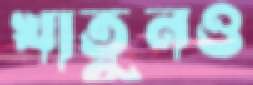
খাতুনও